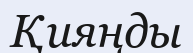
Қияңды